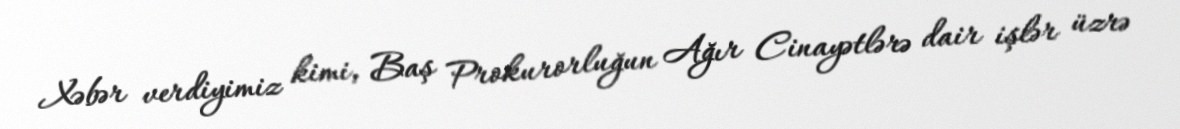
Xəbər verdiyimiz kimi, Baş Prokurorluğun Ağır Cinayətlərə dair işlər üzrə